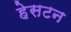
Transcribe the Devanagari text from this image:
हेसटन